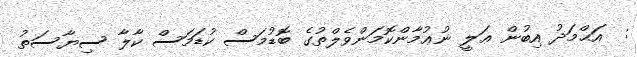
:  އަޙްމަދު އިބުން ޢަލީ ނުޢުމާންކޮމަންވެލްތުގެ ބޮޑުމަސް ކުޑަމަސް ކާލާ ސިޔާސަތު